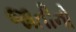
જાતીનો